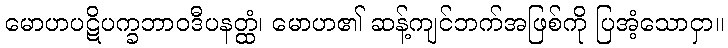
မောဟပဋိပက္ခဘာဝဒီပနတ္ထံ၊ မောဟ၏ ဆန့်ကျင်ဘက်အဖြစ်ကို ပြအံ့သောငှာ။